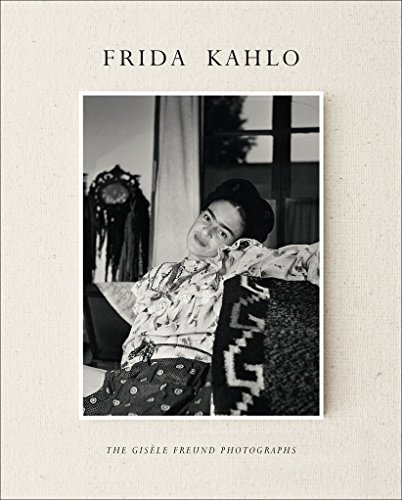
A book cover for Frida Kahlo: The GisÃ¨le Freund Photographs; GÃ©rard de Cortanze; Arts & Photography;